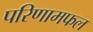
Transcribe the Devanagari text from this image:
परिणामफल